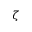
\zeta